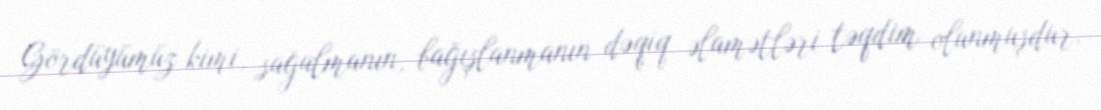
Gördüyümüz kimi, sağalmanın, bağışlanmanın dəqiq əlamətləri təqdim olunmuşdur.